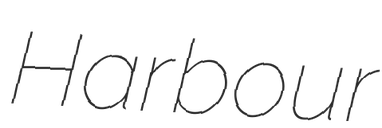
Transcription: Harbour